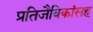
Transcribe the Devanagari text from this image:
प्रतिजैविकांसह